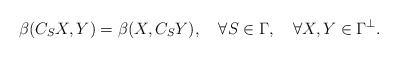
\begin{align*} \beta(C_SX,Y)=\beta(X,C_S Y),\quad\forall S\in\Gamma,\quad\forall X,Y\in\Gamma^\perp.\end{align*}